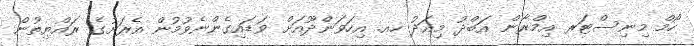
ހޯމް މިނިސްޓަރ އިމްރާން އަބްދު މިއަދު ހއ. އިހަވަންދޫއަށް ވަޑައިގެންނެވުމުން އެރަށުގެ ރައްޔިތުން